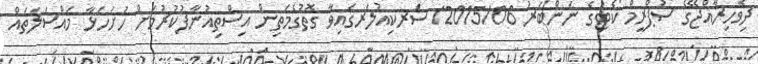
ދިވެހިރާއްޖޭގެ ސުޕްރީމް ކޯޓުގެ ނަންބަރު 2015/06/ ސަރކިއުލަރގައިވާ ގޮތުގެމަތިން އިސްތިއުނާފުކުރުމަށް ހުށަހަޅާ މައްސަލަތައް